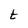
Character: t